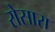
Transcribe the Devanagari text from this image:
रोसारा